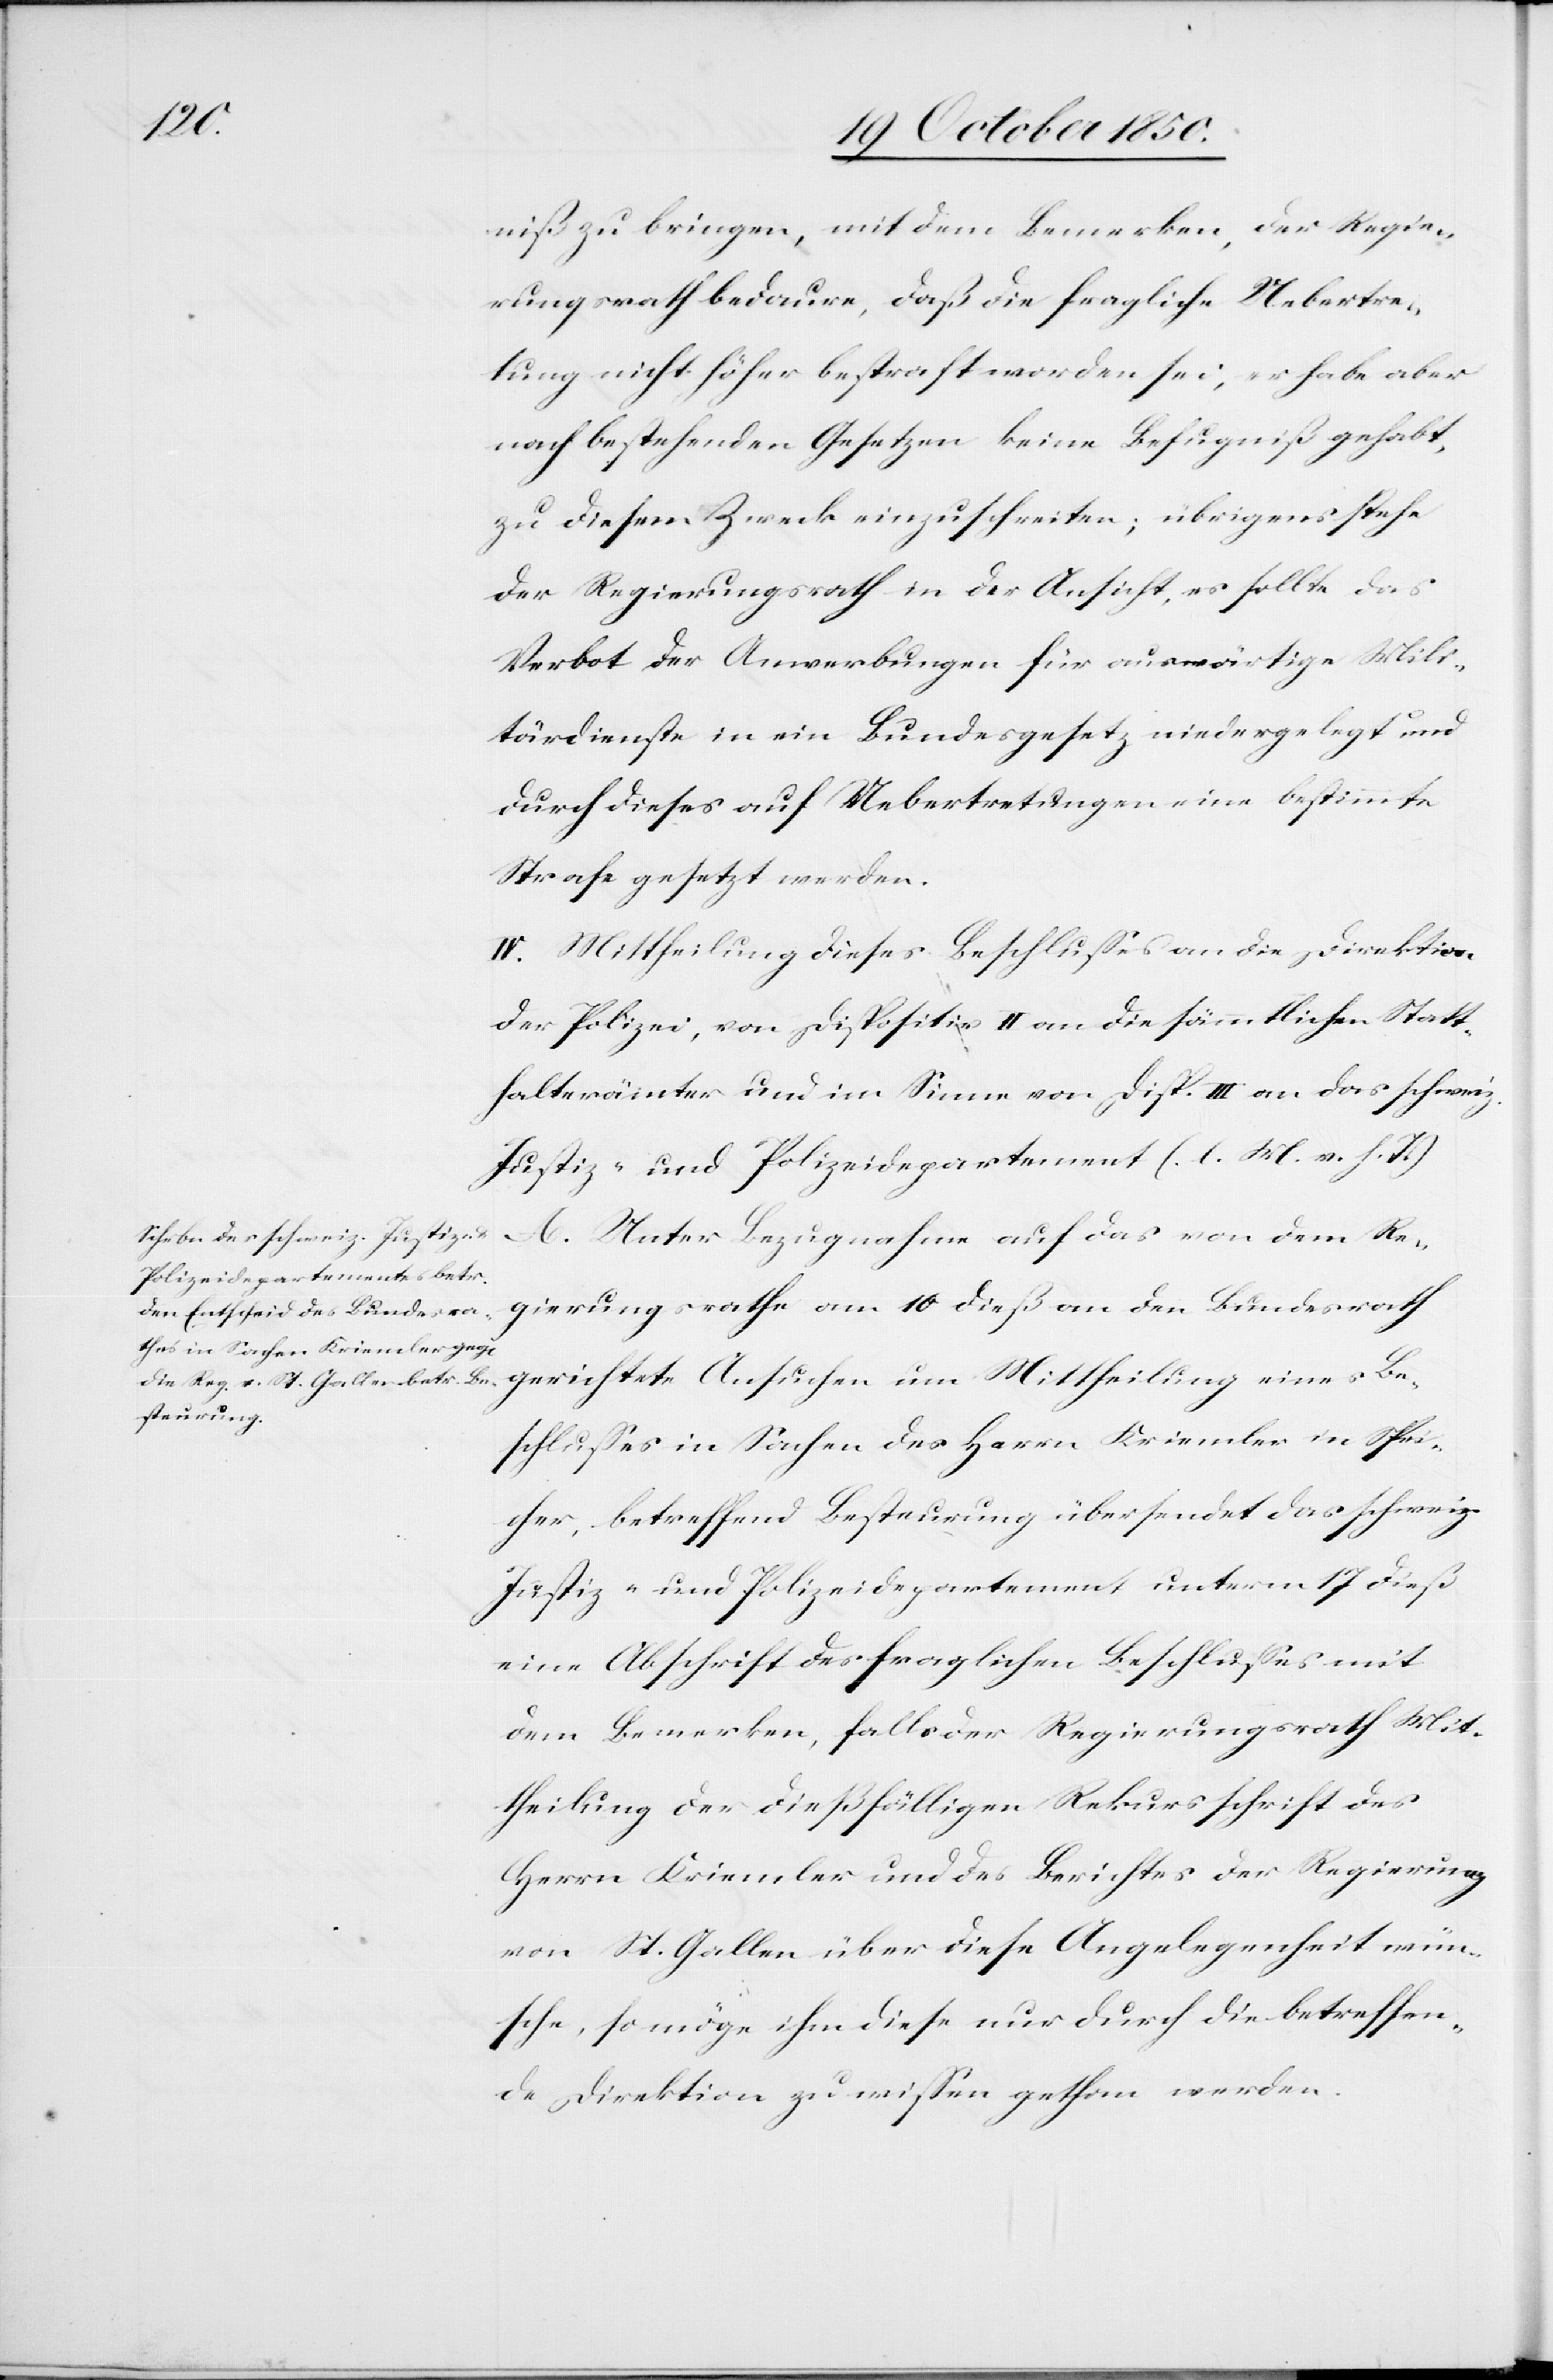
niß zu bringen, mit dem Bemerken, der Regie¬
rungsrath bedaure, daß die fragliche Uebertre¬
tung nicht höher bestraft worden sei, er habe aber
nach bestehenden Gesetzen keine Befugniß gehabt,
zu diesem Zweck einzuschreiten; übrigens stehe
der Regierungsrath in der Ansicht, es sollte das
Verbot der Anwerbungen für auswärtige Mili¬
tärdienste in ein Bundesgesetz niedergelegt und
durch dieses auf Uebertretungen eine bestimmte
Strafe gesetzt werden.
IV. Mittheilung dieses Beschlusses an die Direktion
der Polizei, von Dispositiv II an die sämmtlichen Statt¬
halterämter und im Sinne von Disp. III an das schweiz.
Justiz- und Polizeidepartement (l. M. v. h. T.)
A. Unter Bezugnahme auf das von dem Re¬
gierungsrathe am 10 dieß an den Bundesrath
gerichtete Ansuchen um Mittheilung eines Be¬
schlusses in Sachen des Herrn Kriemler in Spei¬
cher, betreffend Besteurung übersendet das schweiz.
Justiz- und Polizeidepartement unterm 17 dieß
eine Abschrift des fraglichen Beschlusses mit
dem Bemerken, falls der Regierungsrath Mit¬
theilung der dießfälligen Rekursschrift des
Herrn Kriemler und des Berichtes der Regierung
von St. Gallen über diese Angelegenheit wün¬
sche, so möge ihm diese nur durch die betreffen¬
de Direktion zu wissen gethan werden.